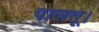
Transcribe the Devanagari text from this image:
पालतू।